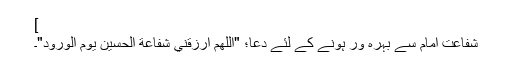
]
شفاعتِ امام سے بہرہ ور ہونے کے لئے دعا؛ "اَلّلٰهُمَّ ارزُقنِي شَفَاعَةَ الحُسَينِ يَومَ الوُرُودِ"۔